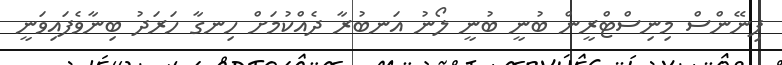
ފިނޭންސް މިނިސްޓްރީން ބުނީ ބުނީ ލޯނު އަނބުރާ ދެއްކުމަށް ހިނގާ ހަރަދު ބިނާވެފައިވަނީ